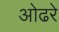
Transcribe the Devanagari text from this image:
ओढरे